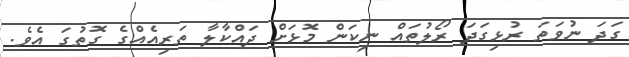
ގަދަ ނުވަތަ ރުޅިގަދަ ރޯލުތަައް ނިކަން މޮޅަށް ދައްކާލާ ތަރިއެއްގެ ގޮތުގަ އެވެ.